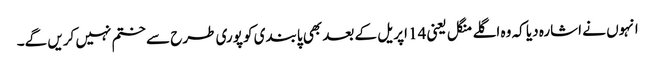
انہوں نے اشارہ دیا کہ وہ اگلے منگل یعنی 14 اپریل کے بعد بھی پابندی کو پوری طرح سے ختم نہیں کریں گے۔